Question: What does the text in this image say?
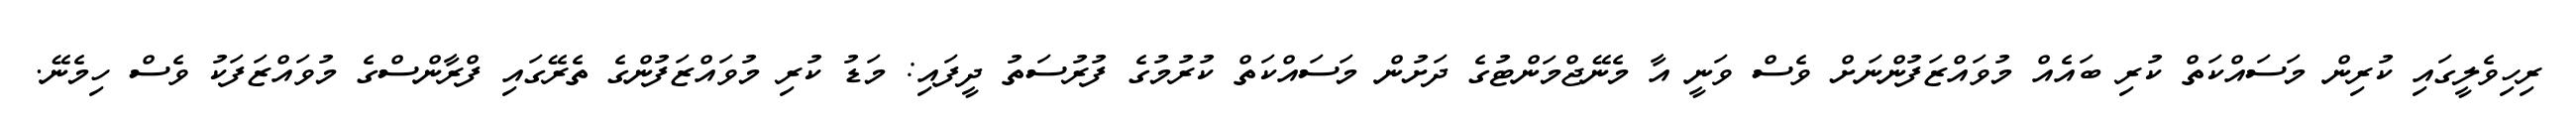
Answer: ރިހިވެލީގައި ކުރިން މަސައްކަތް ކުރި ބައެއް މުވައްޒަފުންނަށް ވެސް ވަނީ އާ މެނޭޖްމަންޓުގެ ދަށުން މަސައްކަތް ކުރުމުގެ ފުރުސަތު ދީފައި: މަޑު ކުރި މުވައްޒަފުންގެ ތެރޭގައި ފްރާންސްގެ މުވައްޒަފަކު ވެސް ހިމެނޭ.